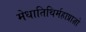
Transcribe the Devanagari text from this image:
मेधातिथिर्महाप्राज्ञो